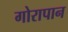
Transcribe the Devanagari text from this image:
गोरापान